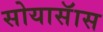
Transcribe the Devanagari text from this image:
सोयासॅास